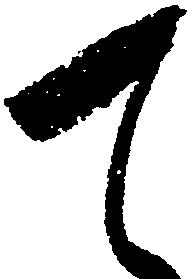
て